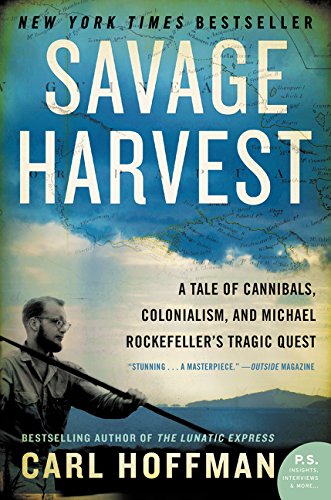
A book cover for Savage Harvest: A Tale of Cannibals, Colonialism, and Michael Rockefeller's Tragic Quest; Carl Hoffman; Biographies & Memoirs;